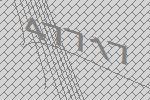
47717